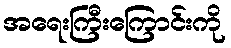
အရေးကြီးကြောင်းကို